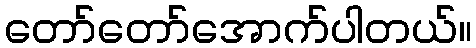
တော်တော်အောက်ပါတယ်။